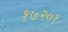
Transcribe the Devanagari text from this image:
१७२०१